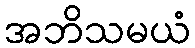
အဘိသမယံ